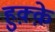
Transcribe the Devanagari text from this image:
हुक़्क़े